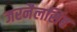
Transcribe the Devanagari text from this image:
जरनैलसिंह